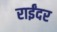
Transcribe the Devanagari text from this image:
राईंदर